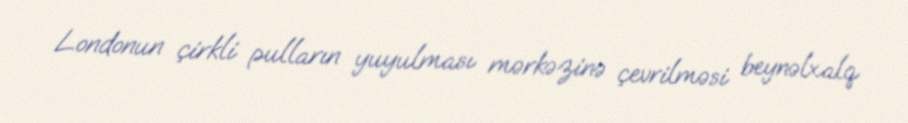
Londonun çirkli pulların yuyulması mərkəzinə çevrilməsi beynəlxalq